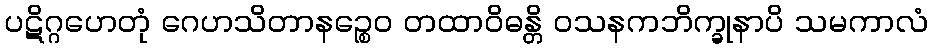
ပဋိဂ္ဂဟေတုံ ဂေဟသိတာနဉ္စေဝ တထာဝိဓန္တိ ဝသနကဘိက္ခုနာပိ သမကာလံ